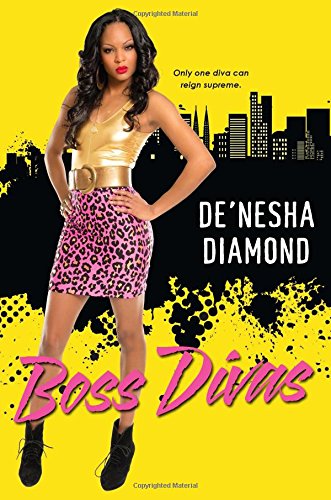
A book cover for Boss Divas; De'nesha Diamond; Literature & Fiction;